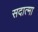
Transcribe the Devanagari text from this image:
सदात्मा